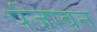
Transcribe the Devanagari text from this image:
पंजाबन